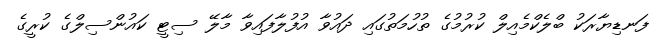
ފަނޑިޔާރަކު ބްލެކްމެއިލް ކުރުމުގެ ތުހުމަތުގައި ދައުވާ އުފުލާފައިވާ މާލޭ ސިޓީ ކައުންސިލްގެ ކުރީގެ